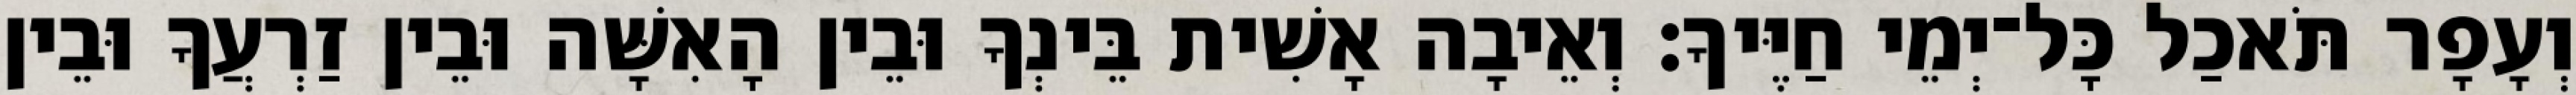
וְעָפָר תֹּאכַל כָּל־יְמֵי חַיֶּיךָ׃ וְאֵיבָה אָשִׁית בֵּינְךָ וּבֵין הָאִשָּׁה וּבֵין זַרְעֲךָ וּבֵין